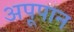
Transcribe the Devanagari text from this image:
अपूपान